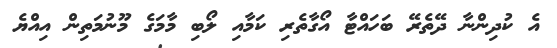
އެ ކުދިންނާ ދޭތެރޭ ބަހައްޓާ އޯގާތެރި ކަމާއި ލޯބި މާމަގެ މޫނުމަތިން އިއްޔެ